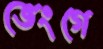
ভেংগে